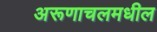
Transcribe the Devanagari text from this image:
अरूणाचलमधील